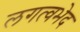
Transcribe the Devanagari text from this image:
लगत्वभेद